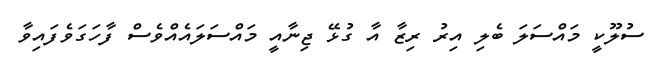
ސުލޫކީ މައްސަލަ ބެލި އިރު ރިޒާ އާ ގުޅޭ ޖިނާއީ މައްސަލައެއްވެސް ފާހަގަވެފައިވާ